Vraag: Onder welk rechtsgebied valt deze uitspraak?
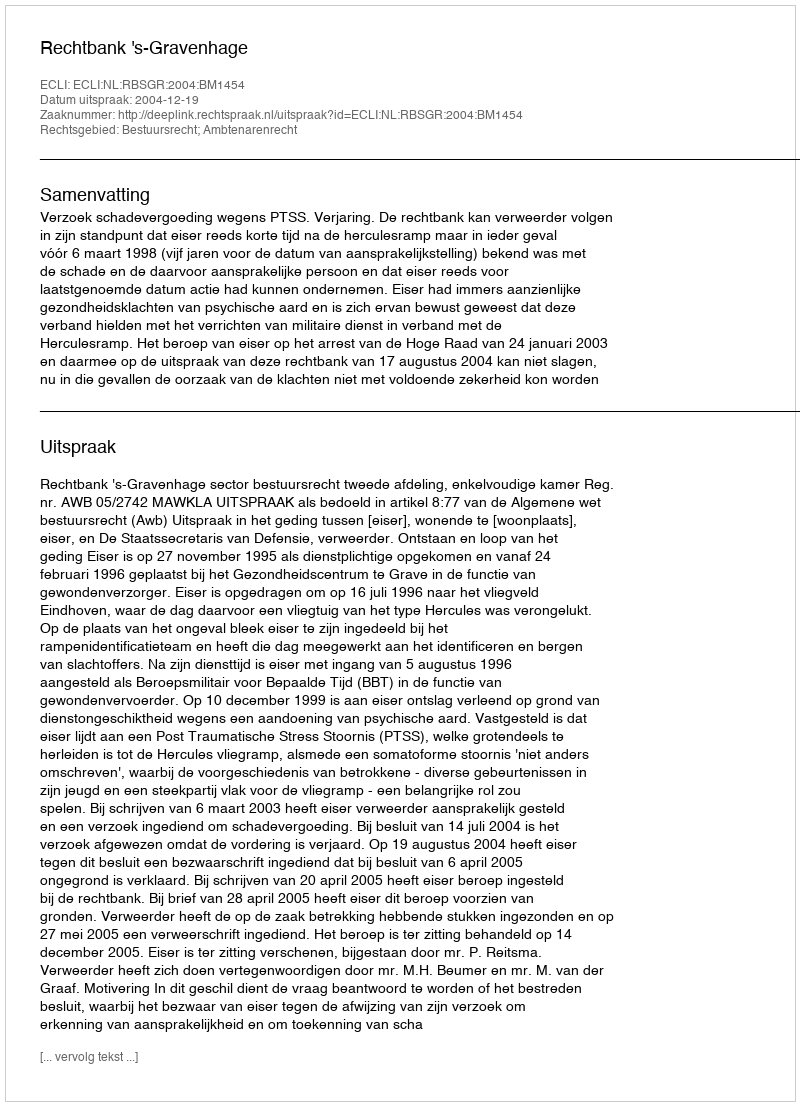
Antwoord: Bestuursrecht; Ambtenarenrecht